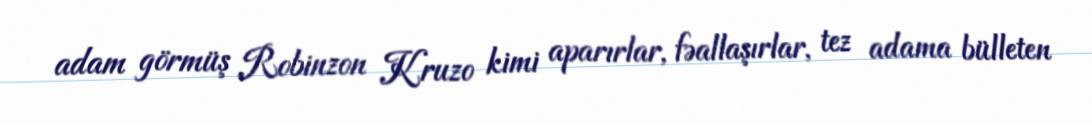
adam görmüş Robinzon Kruzo kimi aparırlar, fəallaşırlar, tez adama bülleten